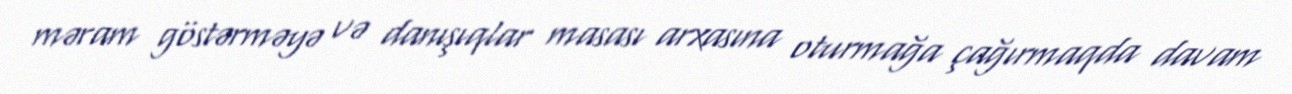
məram göstərməyə və danışıqlar masası arxasına oturmağa çağırmaqda davam